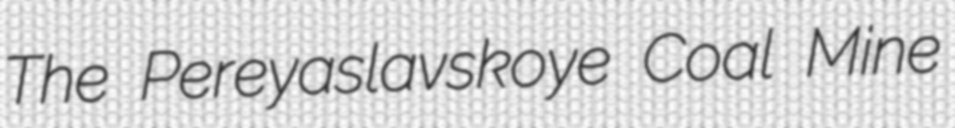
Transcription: The Pereyaslavskoye Coal Mine